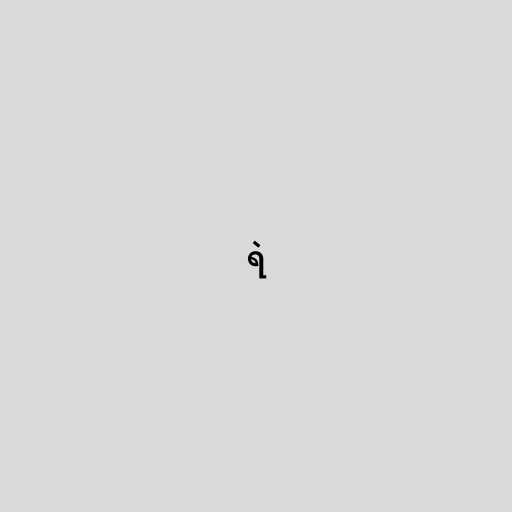
ရဲ